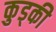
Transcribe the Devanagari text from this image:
कुड्की